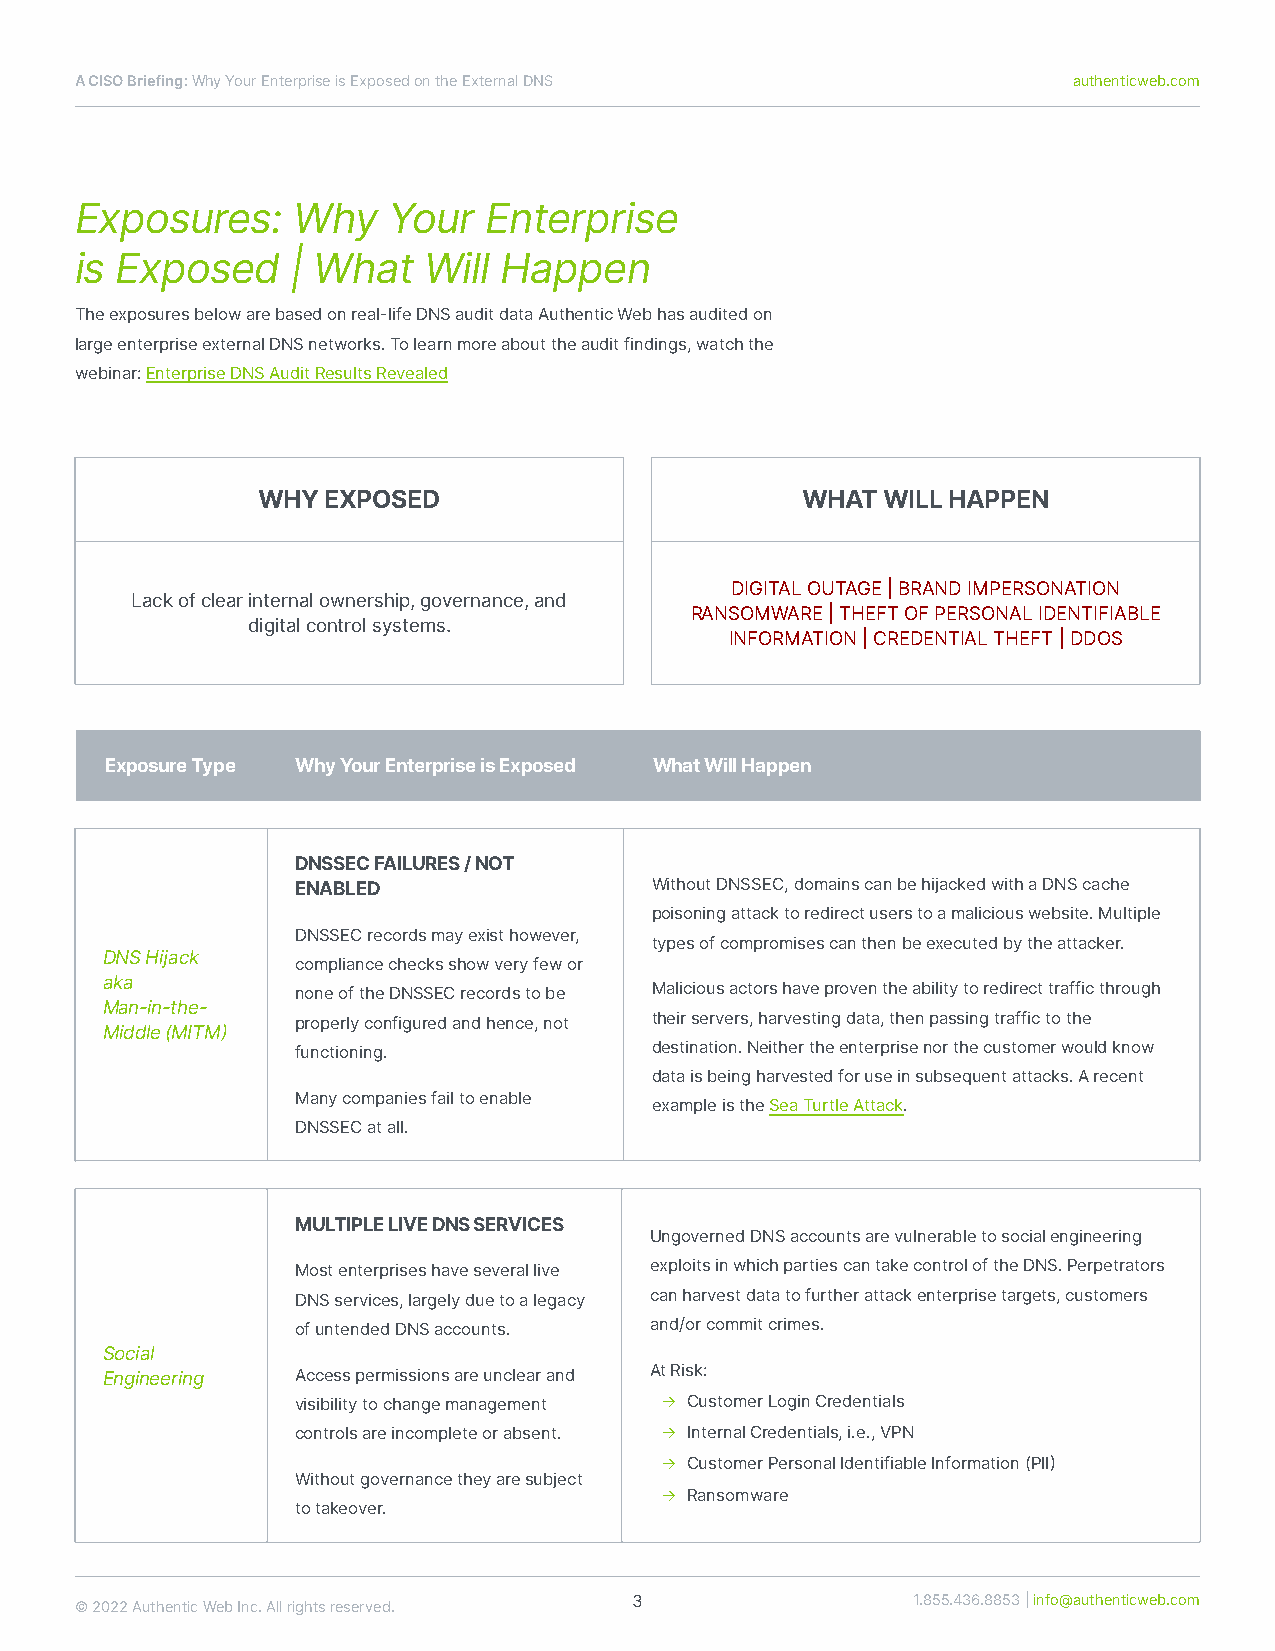
ACISOBriefing:WhyYourEnterpriseisExposedontheExternalDNS          authenticweb.com
 Exposures:    Why    Your  Enterprise
 is Exposed    | What   Will Happen
 Theexposuresbelowarebasedonreal-lifeDNSauditdataAuthenticWebhasauditedon
 largeenterpriseexternalDNSnetworks.Tolearnmoreabouttheauditfindings,watchthe
 webinar:EnterpriseDNSAuditResultsRevealed
 WHYEXPOSED                          WHATWILLHAPPEN
 DIGITALOUTAGE|BRANDIMPERSONATION
 Lackofclearinternalownership,governance,and
 RANSOMWARE|THEFTOFPERSONALIDENTIFIABLE
 digitalcontrolsystems.
 INFORMATION|CREDENTIALTHEFT|DDOS
 ExposureType WhyYourEnterpriseisExposed WhatWillHappen
 DNSSECFAILURES/NOT
 ENABLED                WithoutDNSSEC,domainscanbehĳackedwithaDNScache
 poisoningattacktoredirectuserstoamaliciouswebsite.Multiple
 DNSSECrecordsmayexisthowever,
 typesofcompromisescanthenbeexecutedbytheattacker.
 DNSHĳack
 compliancechecksshowveryfewor
 aka
 noneoftheDNSSECrecordstobe Maliciousactorshaveproventheabilitytoredirecttrafficthrough
 Man-in-the-
 properlyconfiguredandhence,not theirservers,harvestingdata,thenpassingtraffictothe
 Middle(MITM)
 functioning.           destination.Neithertheenterprisenorthecustomerwouldknow
 dataisbeingharvestedforuseinsubsequentattacks.Arecent
 Manycompaniesfailtoenable
 exampleistheSeaTurtleAttack.
 DNSSECatall.
 MULTIPLELIVEDNSSERVICES
 UngovernedDNSaccountsarevulnerabletosocialengineering
 Mostenterpriseshaveseverallive exploitsinwhichpartiescantakecontroloftheDNS.Perpetrators
 DNSservices,largelyduetoalegacy canharvestdatatofurtherattackenterprisetargets,customers
 ofuntendedDNSaccounts. and/orcommitcrimes.
 Social
 Engineering  Accesspermissionsareunclearand AtRisk:
 visibilitytochangemanagement → CustomerLoginCredentials
 controlsareincompleteorabsent. → InternalCredentials,i.e.,VPN
 → CustomerPersonalIdentifiableInformation(PII)
 Withoutgovernancetheyaresubject
 → Ransomware
 totakeover.
 3                 1.855.436.8853|info@authenticweb.com
 ©2022AuthenticWebInc.Allrightsreserved.